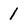
Character: 1